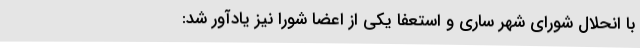
با انحلال شورای شهر ساری و استعفا یکی از اعضا شورا نیز یادآور شد: